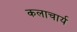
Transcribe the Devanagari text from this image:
कलाचार्य